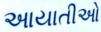
આયાતીઓ